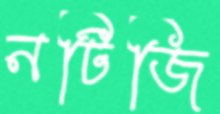
নটিজি